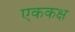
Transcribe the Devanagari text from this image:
एककक्ष